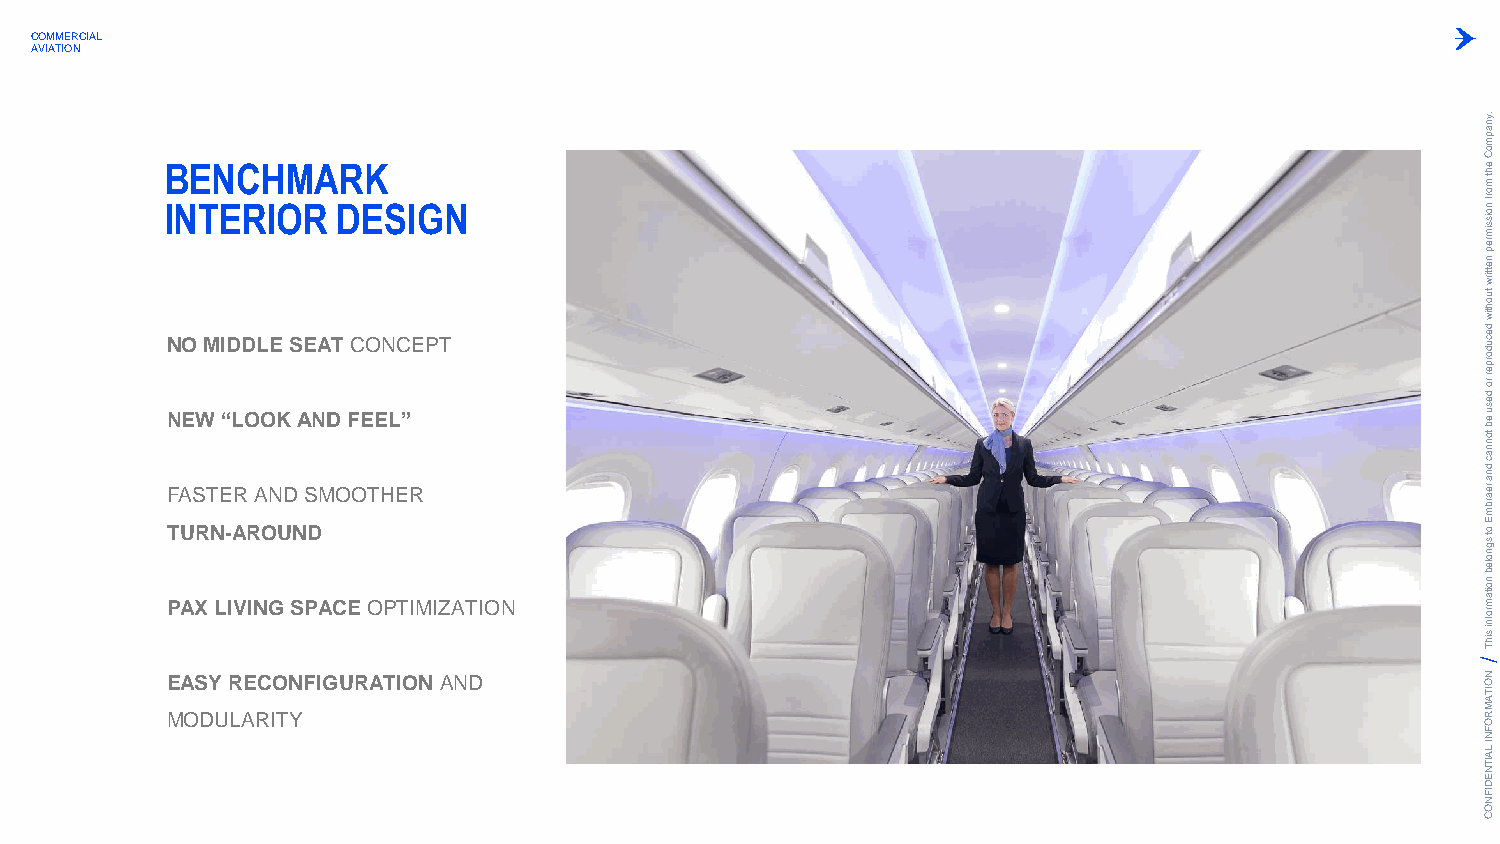
COMMERCIAL
 AVIATION
 .ynapm
 oC
 BENCHMARK                                                                              eht
 m
 INTERIOR   DESIGN
 orf
 noissim
 rep
 nettirw
 tuohtiw
 N
 N
 FAO
 E SW
 M
 T
 E“ID
 L
 RD
 O
 AL
 O
 NE
 K
 D
 S
 A
 E SNA MDT
 O
 FC OEO
 TE
 HN
 L
 EC
 ”
 REPT
 decudorper
 ro
 desu
 eb
 tonnac
 dna
 rearbm
 E
 T PU AR
 X
 N L- IA VR INO GU SN PD
 ACE OPTIMIZATION
 ot
 sgnoleb
 noitam
 rofni
 sihT
 EASY RECONFIGURATION AND                                                               N O
 ITA
 M
 MODULARITY                                                                             R
 O
 F
 N
 I LA
 IT
 N
 E
 D
 IF
 N
 O
 C